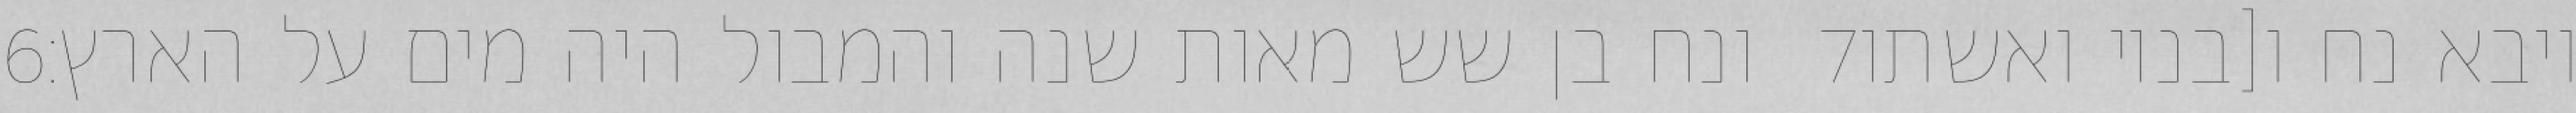
‎6‏ ונח בן שש מאות שנה והמבול היה מים על הארץ׃ ‎7‏ ויבא נח ו[בניו ואשתו